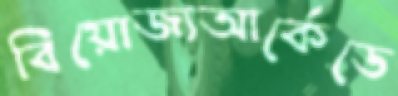
বিয়োজ্যআর্কেডে